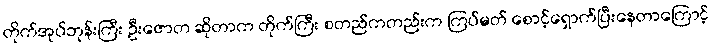
တိုက်အုပ်ဘုန်းကြီး ဦးဇောတ ဆိုတာက တိုက်ကြီး စတည်ကတည်းက ကြပ်မတ် စောင့်ရှောက်ပြီးနေတာကြောင့်